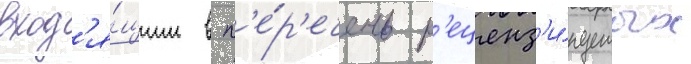
вход'я́щим в п'е́р'ечень р'еценз'и́руемых